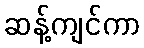
ဆန့်ကျင်ကာ